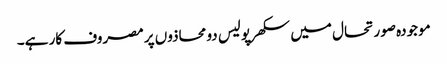
موجودہ صورتحال میں سکھرپولیس دو محاذوں پر مصروف کار ہے۔